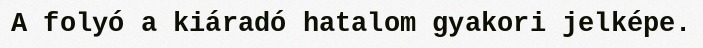
A folyó a kiáradó hatalom gyakori jelképe.